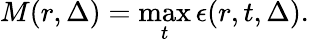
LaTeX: M(r,\Delta)=\operatorname*{max}_{t}\epsilon(r,t,\Delta).